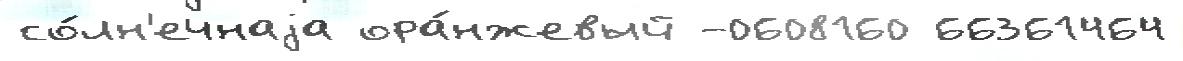
со́лн'ечнаjа ора́нжевый -0608160 66361464